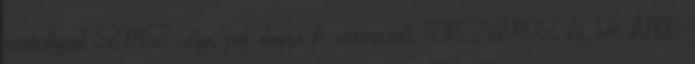
szabályzat SZMSZ célja, jogi alapja A szervezeti TERÉZVÁROSI ÁLTALÁNOS